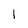
Character: l